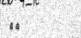
٣٧